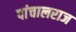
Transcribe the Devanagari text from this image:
पांचालराज